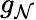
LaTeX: g_{\mathcal{N}}